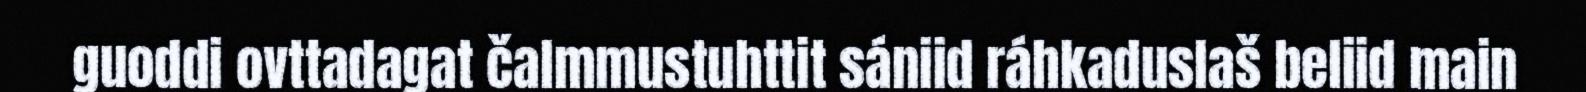
guoddi ovttadagat čalmmustuhttit sániid ráhkaduslaš beliid main